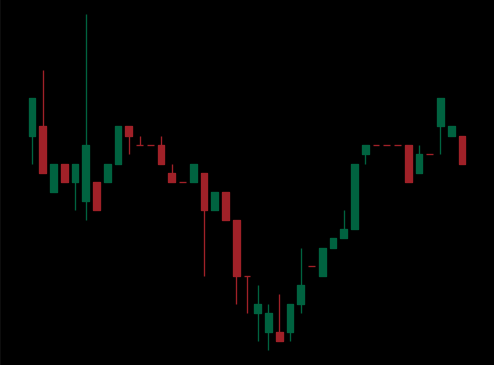
Pattern: inverse_head_shoulders